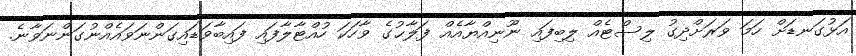
އަޅުގަނޑަށް ހަމަ ވަރަށްދިގު ލިސްޓެއް ލިބިފައި ނޫނިއްޔާއެއް ފަލާޙުގެ ވާހަކަ ހުއްޓާލާފައި ފައިބާވަޑައިގަންނަވައެއްނުގަންނަވާނެ.